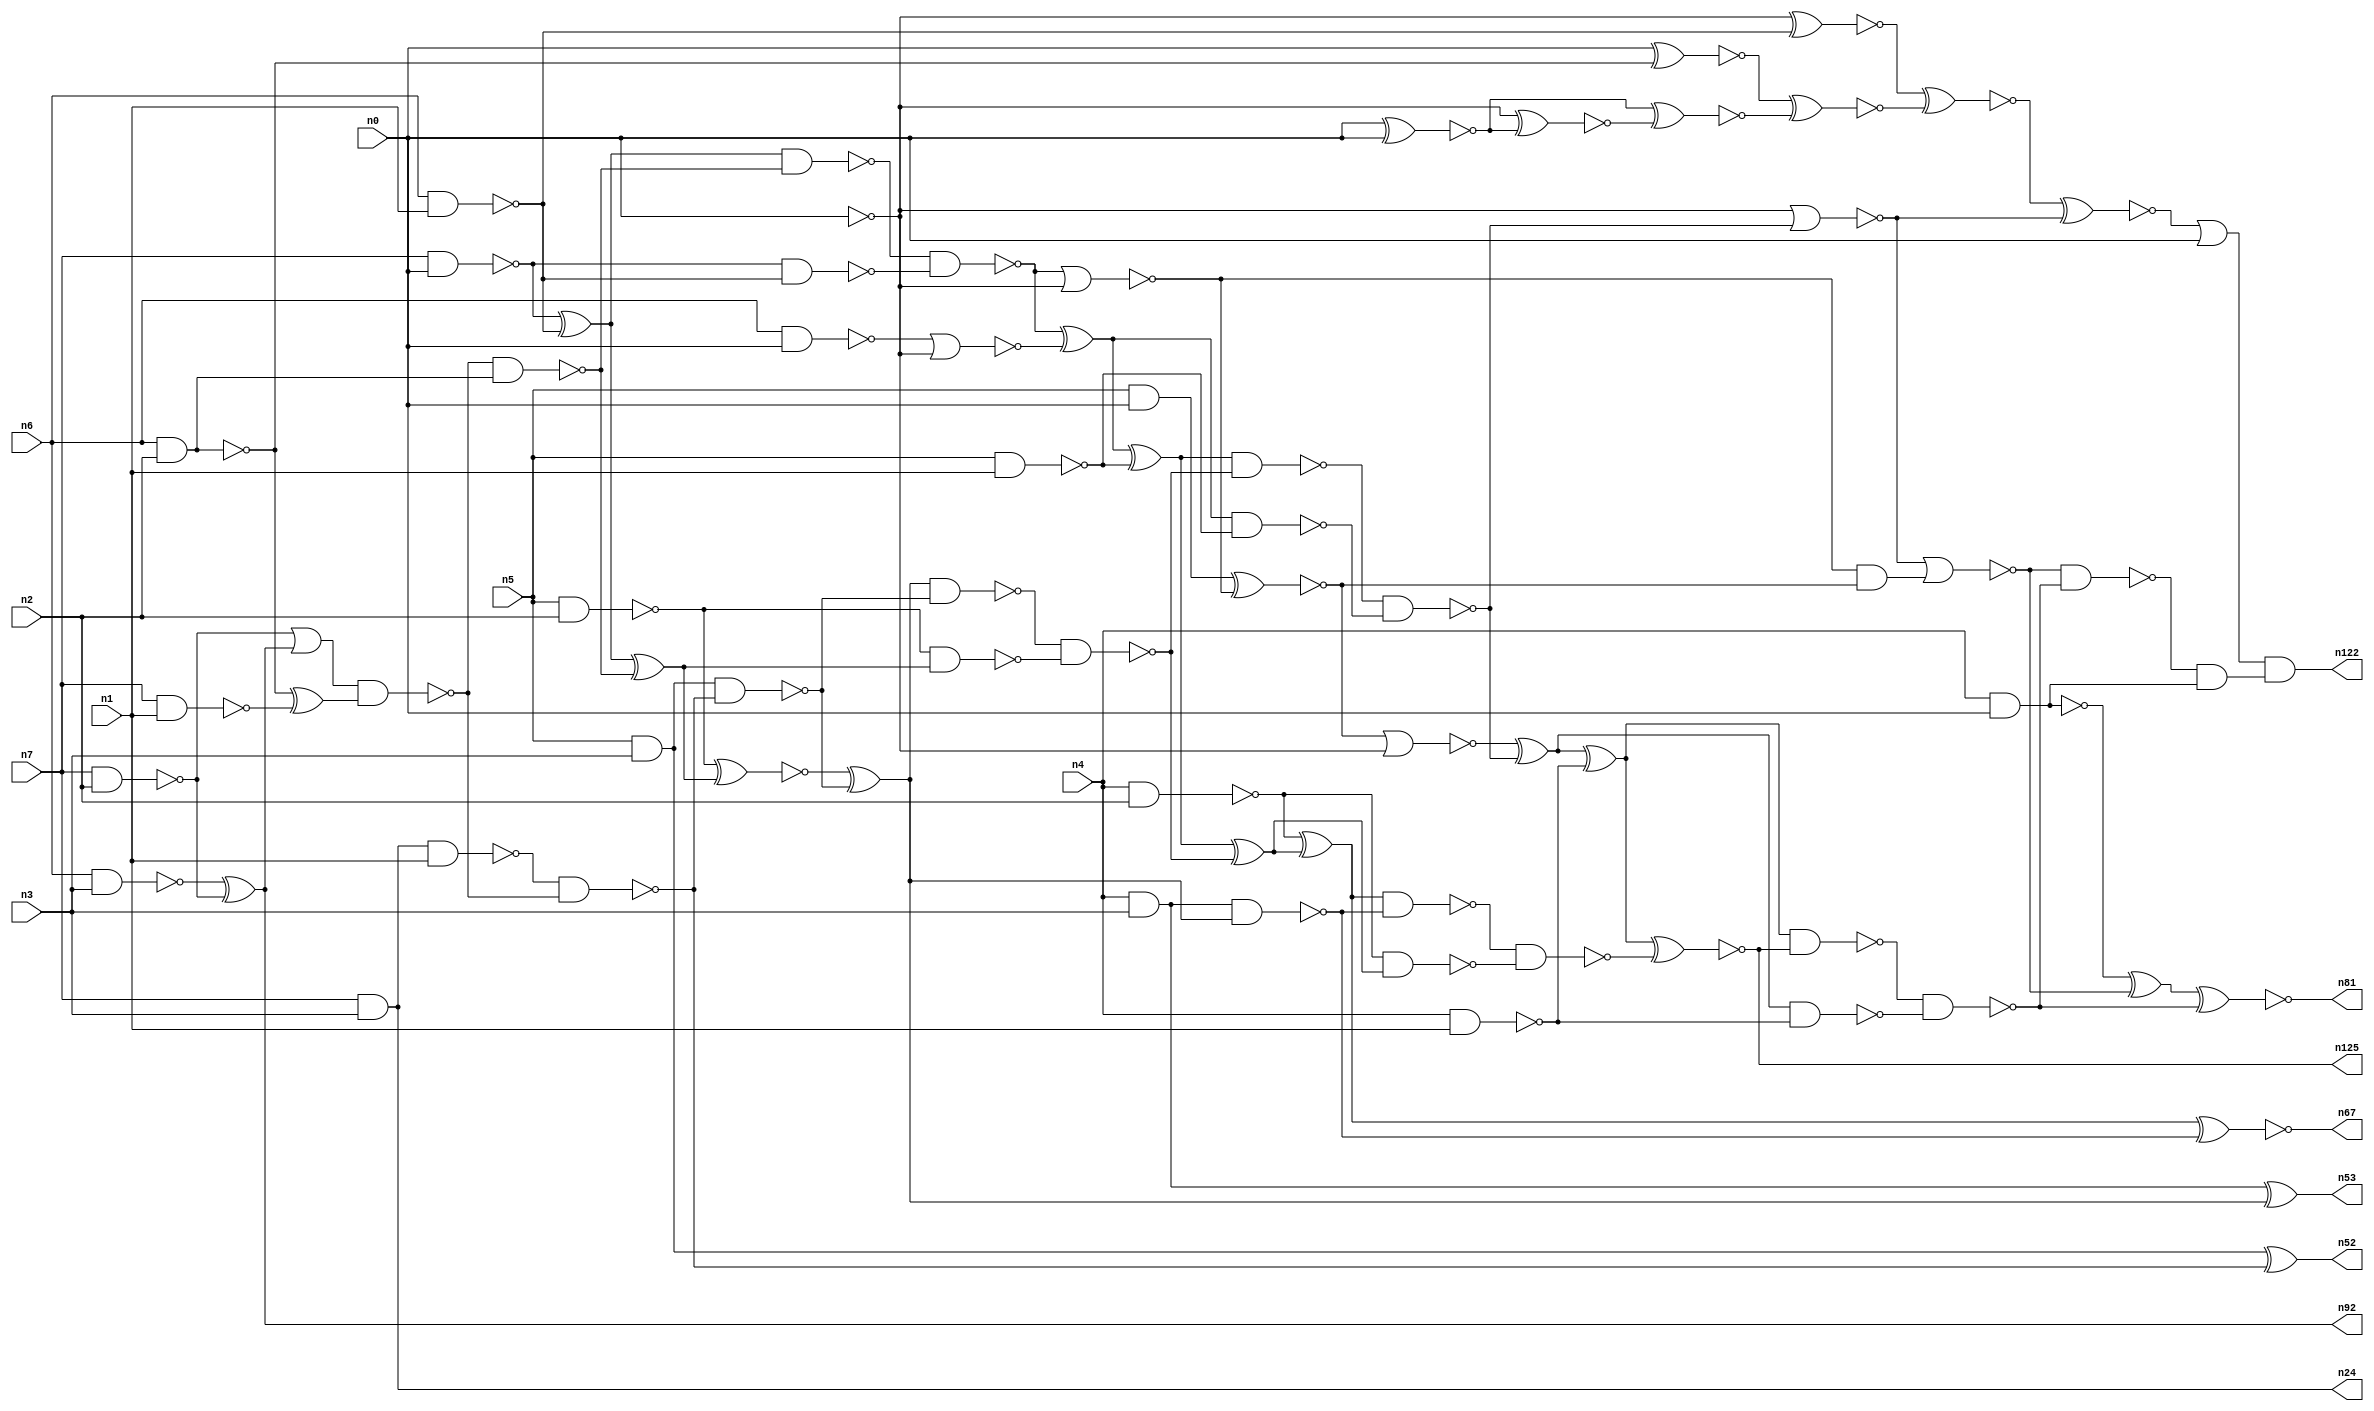
// This file contains a pareto-optimal circuit with respect to area and the fault-resilince parameter p_fault which is defined as:
// "For all input vectors, the ratio of the no. of faults observable at the POs to the no. of total possible faults in the circuit".
// This code is part of the ReCkt library (https://github.com/umar-afzaal/ReCkt) distributed under The MIT License.
// When used, please cite the following article(s):
// U. Afzaal, A.S. Hassan, M. Usman and J.A. Lee, "On the Evolutionary Synthesis of Increased Fault-resilience Arithmetic Circuits".

// p_fault = 80.8 %    (Lower is better)
// gates = 86.0
// levels = 20
// area = 112.2    (For MCNC library relative to nand2)
// power = 639.1 uW    (Berkely-SIS for MCNC library @ Vdd=5V and 20 MHz clock)
// delay = 29.9 ns    (Berkely-ABC for MCNC library)
// PDP = 1.91091e-11 J

// Pin mapping:
// {n0, n1, n2, n3} = A[3:0]
// {n4, n5, n6, n7} = B[3:0]
// {n122, n81, n125, n67, n53, n52, n92, n24} = O[7:0]

module mult4u_area_18 (
n0, n1, n2, n3, n4, n5, n6, n7, 
n122, n81, n125, n67, n53, n52, n92, n24
);

input n0, n1, n2, n3, n4, n5, n6, n7;
output n122, n81, n125, n67, n53, n52, n92, n24;
wire n16, n73, n77, n26, n41, n40, n38, n78, n76, n46, n50, n51, n83, n15, n66, n36, n35, n18, n13, n32, 
n21, n101, n64, n57, n65, n33, n10, n17, n70, n116, n61, n19, n58, n68, n74, n44, n20, n62, n60, n28, 
n59, n80, n82, n27, n79, n69, n45, n71, n25, n14, n75, n43, n8, n88, n86, n39, n34, n37, n31, n42, 
n56, n54, n12, n63, n30, n22, n85, n11, n49, n29, n9, n72, n47, n55, n23, n87, n48, n84;

nand (n8, n4, n3);
and (n9, n5, n0);
nand (n10, n6, n1);
nand (n11, n5, n1);
nand (n12, n0, n0);
nand (n13, n6, n2);
nand (n14, n4, n1);
nand (n15, n7, n0);
nand (n16, n7, n1);
nand (n17, n7, n2);
nand (n18, n6, n3);
and (n19, n5, n3);
nand (n20, n6, n0);
nand (n21, n5, n2);
nand (n22, n4, n2);
nand (n23, n4, n0);
and (n24, n7, n3);
xor (n25, n15, n10);
xor (n26, n18, n17);
nand (n27, n15, n10);
nor (n28, n20, n12);
and (n29, n13, n13);
xor (n30, n13, n16);
or (n31, n17, n26);
nand (n32, n8, n8);
xnor (n33, n0, n29);
nand (n34, n24, n1);
nand (n35, n13, n29);
nand (n36, n0, n0);
nand (n37, n31, n30);
nand (n38, n37, n35);
nand (n39, n34, n37);
nand (n40, n19, n39);
xor (n41, n25, n38);
nand (n42, n25, n38);
xnor (n43, n19, n39);
nand (n44, n21, n41);
and (n45, n40, n40);
nand (n46, n42, n27);
xnor (n47, n21, n41);
xor (n48, n47, n45);
nand (n49, n48, n40);
nor (n50, n46, n36);
xor (n51, n46, n28);
nand (n52, n43, n43);
xor (n53, n32, n48);
xnor (n54, n9, n50);
xor (n55, n51, n11);
nand (n56, n32, n48);
and (n57, n50, n54);
nand (n58, n51, n11);
nand (n59, n49, n44);
nor (n60, n54, n12);
xor (n61, n55, n59);
nand (n62, n55, n59);
nand (n63, n22, n61);
nand (n64, n0, n0);
nand (n65, n62, n58);
xor (n66, n22, n61);
xnor (n67, n66, n56);
xor (n68, n60, n65);
nand (n69, n66, n56);
nor (n70, n64, n65);
xor (n71, n68, n14);
nor (n72, n70, n57);
nand (n73, n68, n14);
nand (n74, n69, n63);
xnor (n75, n71, n74);
xor (n76, n23, n72);
nand (n77, n23, n23);
nand (n78, n71, n75);
nand (n79, n78, n73);
nand (n80, n72, n79);
xnor (n81, n76, n79);
and (n82, n80, n77);
xnor (n83, n0, n0);
xnor (n84, n64, n83);
xnor (n85, n83, n84);
xnor (n86, n33, n85);
xnor (n87, n36, n10);
xnor (n88, n87, n86);
and (n92, n26, n26);
xnor (n101, n88, n70);
or (n116, n101, n0);
and (n122, n116, n82);
and (n125, n75, n75);

endmodule